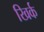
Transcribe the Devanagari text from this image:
खिर्क